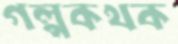
গল্পকথক